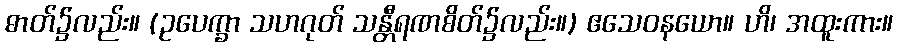
ဓာတ်၌လည်း။ (ဥပေက္ခာ သဟဂုတ် သန္တီရဏစိတ်၌လည်း။) ဧသေဝနယော။ ဟိ၊ အထူးကား။